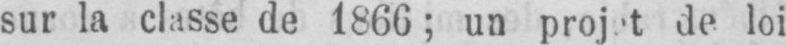
de loi